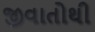
જીવાતોથી